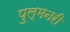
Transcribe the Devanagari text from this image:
पुल्मनरी